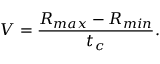
V = { \frac { R _ { m a x } - R _ { m i n } } { t _ { c } } } .